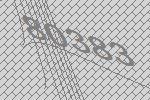
80383